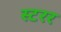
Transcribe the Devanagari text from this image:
स्टरर